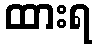
ထားရ